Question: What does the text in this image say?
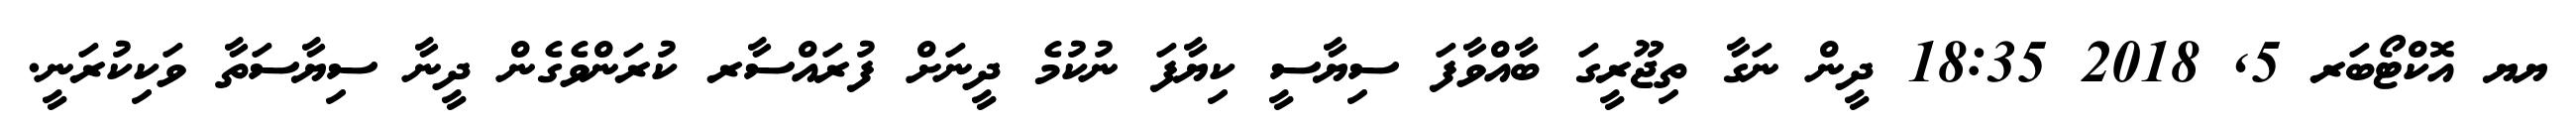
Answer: ޔޔ އޮކްޓޯބަރ 5, 2018 18:35 ދީން ނަގާ ތިޖޫރީގަ ބާއްވާފަ ސިޔާސީ ކިޔާފަ ނުކުމެ ދީނަށް ފުރައްސާރ ކުރަންވެގެން ދީނާ ސިޔާސަތާ ވަކިކުރަނީ.